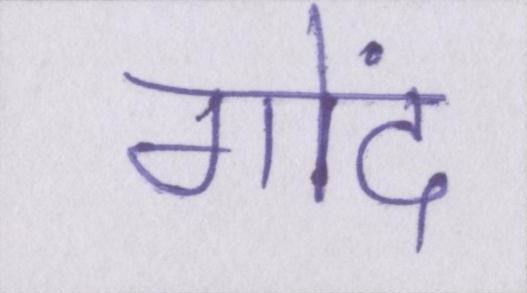
गोंद